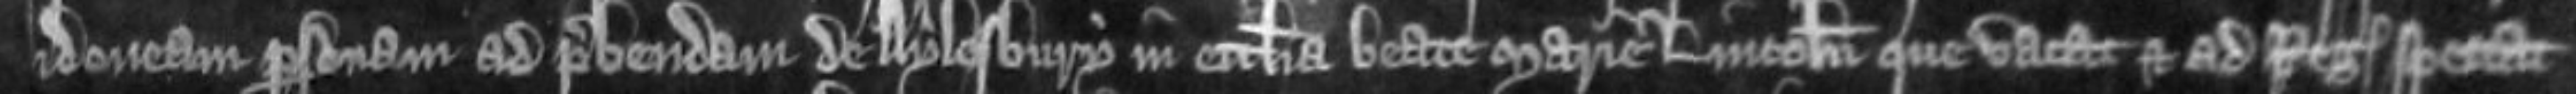
idoneam personam ad prebendam de Aylesbury in ecclesia Beate Marie Lincoln que vacat et ad regem spectat